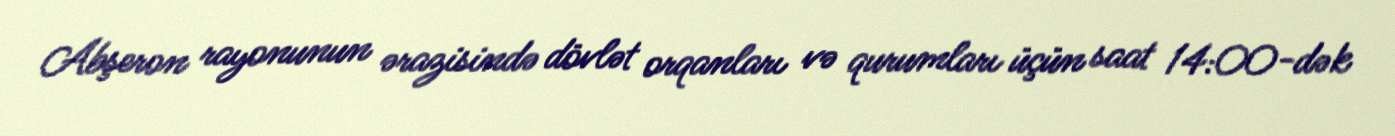
Abşeron rayonunun ərazisində dövlət orqanları və qurumları üçün saat 14:00-dək